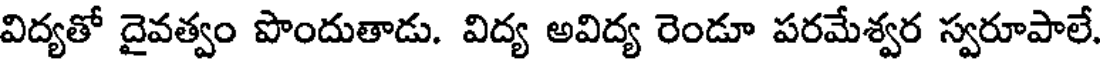
విద్యతో దైవత్వం పొందుతాడు. విద్య అవిద్య రెండూ పరమేశ్వర స్వరూపాలే